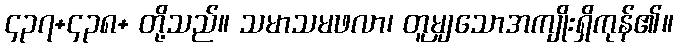
၄၃၇+၄၃၈+ တို့သည်။ သမာသမဖလာ၊ တူမျှသောအကျိုးရှိကုန်၏။